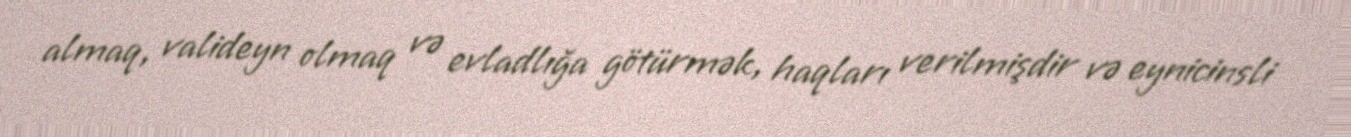
almaq, valideyn olmaq və evladlığa götürmək, haqları verilmişdir və eynicinsli